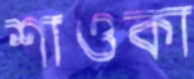
শাওকা